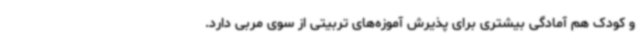
و کودک هم آمادگی بیشتری برای پذیرش آموزه‌های تربیتی از سوی مربی دارد.